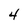
Character: 4